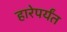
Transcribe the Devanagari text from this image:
हारेपर्यंत